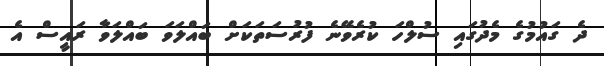
ދެ ގައުމުގެ މެދުގައި ސުލްހަ ކުރެވޭނެ ފުރުސަތަކަށް ބައްލަވަ ބައްލަވާ ރައީސް އެ